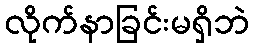
လိုက်နာခြင်းမရှိဘဲ